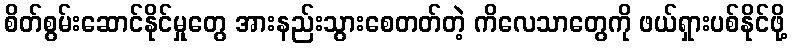
စိတ်စွမ်းဆောင်နိုင်မှုတွေ အားနည်းသွားစေတတ်တဲ့ ကိလေသာတွေကို ဖယ်ရှားပစ်နိုင်ဖို့